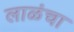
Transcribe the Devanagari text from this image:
लाळंचा